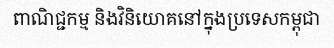
ពាណិជ្ជកម្ម និងវិនិយោគនៅក្នុងប្រទេសកម្ពុជា